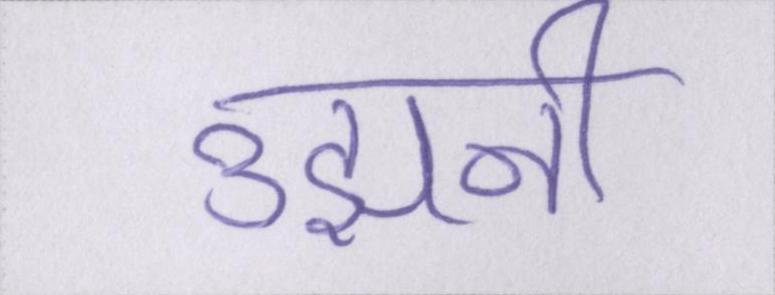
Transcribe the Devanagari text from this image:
उझानी